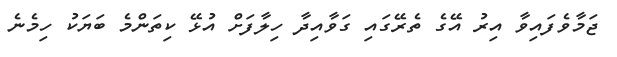
ޖަމާވެފައިވާ އިރު އޭގެ ތެރޭގައި ގަވާއިދާ ހިލާފަށް އުޅޭ ކިތަންމެ ބަޔަކު ހިމެނެ